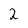
Character: 2